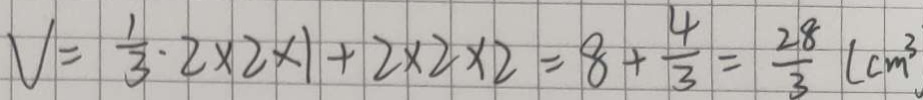
V = \frac { 1 } { 3 } \cdot 2 \times 2 \times 1 + 2 \times 2 \times 2 = 8 + \frac { 4 } { 3 } = \frac { 2 8 } { 3 } ( c m ^ { 3 }